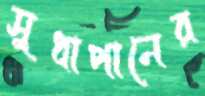
সুধাপানের